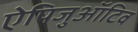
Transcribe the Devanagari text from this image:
ऐपिजुऑटिव